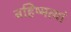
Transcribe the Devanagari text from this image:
बहिष्मत्यां